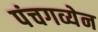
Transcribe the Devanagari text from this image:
पंचगव्येन